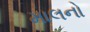
માલનો